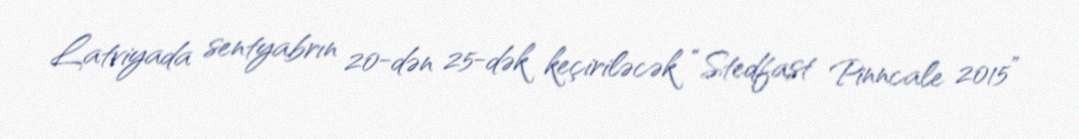
Latviyada sentyabrın 20-dən 25-dək keçiriləcək “Stedfast Pinncale 2015”